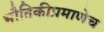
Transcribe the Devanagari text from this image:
भौतिकीप्रमाणेच